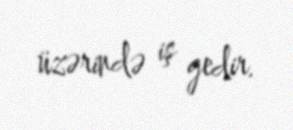
üzərində iş gedir.